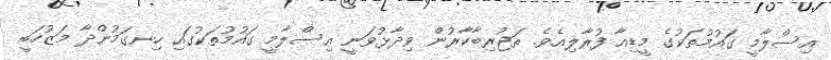
އިސްލާމީ ގައުމުތަކުގެ މީޑިއާ ފުރާލިއެވެ. ތަޖުރިބާކާރުން ވިދާޅުވަނީ އިސްލާމީ ގައުމުތަކުގައި ހިނގަމުންދާ މަޒުހަބީ